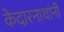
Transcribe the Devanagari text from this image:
केदारनाथांनी